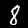
Digit: 8